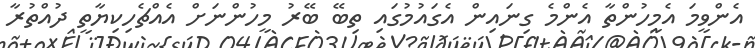
އެންވީމަ އެމީހުންތާ އެންމެ ގިނައިން އެގައުމުގައި ތިބޭ ބޭރު މީހުންނަށް އެއްޗެހިކިޔާތީ ދުއްތުރާ